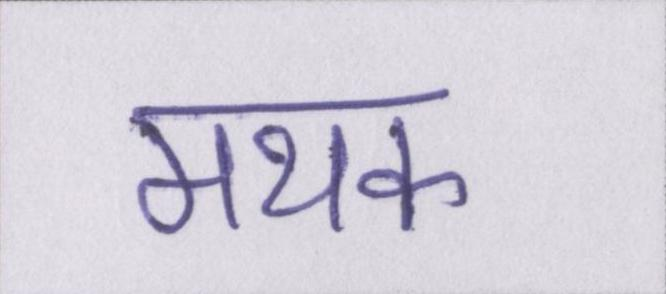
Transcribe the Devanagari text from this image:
मथक